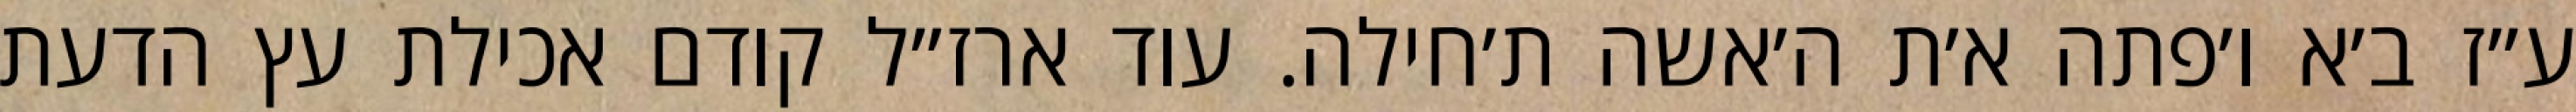
ע״ז ב׳א ו׳פתה א׳ת ה׳אשה ת׳חילה. עוד ארז״ל קודם אכילת עץ הדעת